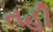
તહી